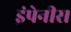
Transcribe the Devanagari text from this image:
इंपेनीस